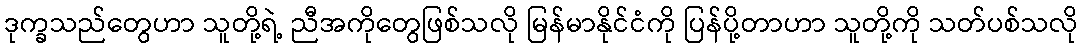
ဒုက္ခသည်တွေဟာ သူတို့ရဲ့ ညီအကိုတွေဖြစ်သလို မြန်မာနိုင်ငံကို ပြန်ပို့တာဟာ သူတို့ကို သတ်ပစ်သလို